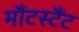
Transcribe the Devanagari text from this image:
मौंटस्टैंट